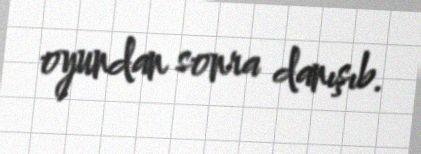
oyundan sonra danışıb.